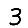
Digit: 3